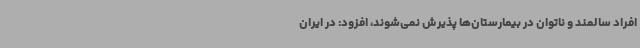
افراد سالمند و ناتوان در بیمارستان‌ها پذیرش نمی‌شوند، افزود: در ایران